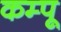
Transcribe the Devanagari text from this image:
कम्पू